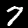
Digit: 7